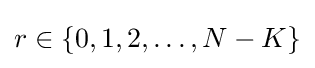
r\in \left\{0,1,2,\dots ,N-K\right\}